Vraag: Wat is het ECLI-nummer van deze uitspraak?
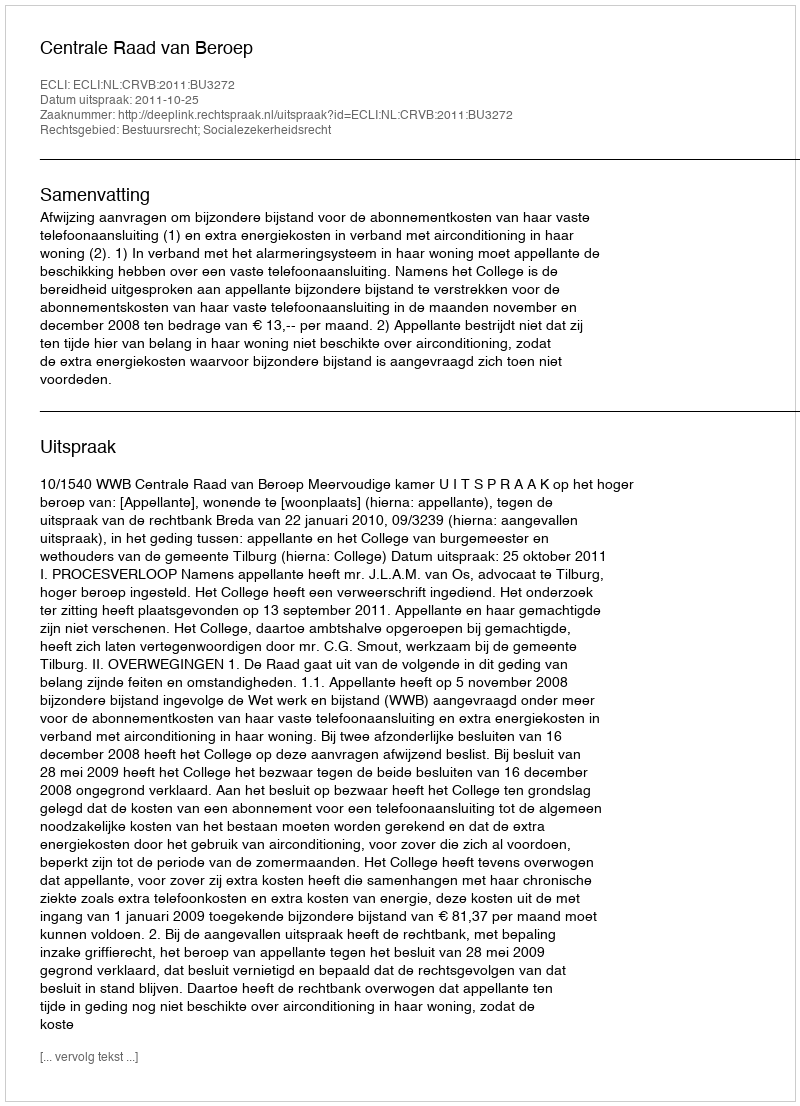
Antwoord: ECLI:NL:CRVB:2011:BU3272